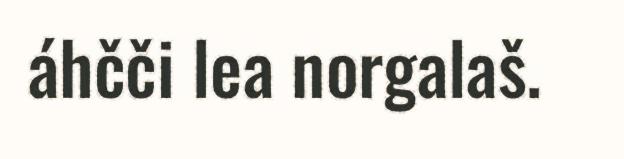
áhčči lea norgalaš.